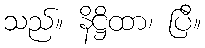
သည်။ နိဋ္ဌိထာ၊ ပြီ။